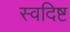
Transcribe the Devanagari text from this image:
स्वदिष्ट